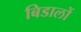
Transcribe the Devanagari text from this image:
बिडालों